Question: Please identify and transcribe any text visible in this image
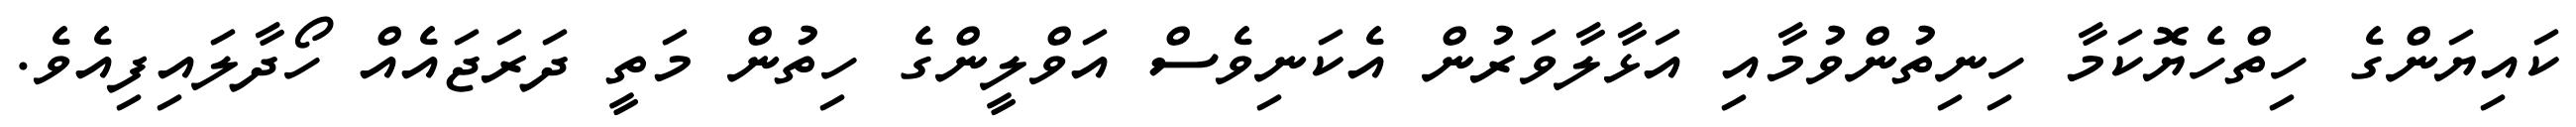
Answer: ކައިޔަންގެ ހިތްހެޔޮކަމާ ހިނިތުންވުމާއި އަޅާލާވަރުން އެކަނިވެސް އަވްލީންގެ ހިތުން މަތީ ދަރަޖައެއް ހޯދާލައިފިއެވެ.